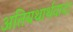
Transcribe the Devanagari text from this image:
अतियथार्थवाद।